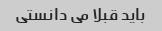
باید قبلا می دانستی